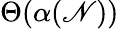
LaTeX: \Theta(\alpha(\mathscr{N}))